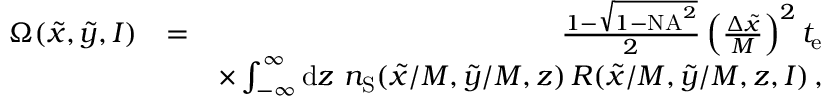
\begin{array} { r l r } { \Omega ( \tilde { x } , \tilde { y } , I ) } & { = } & { \frac { 1 - \sqrt { 1 - \mathrm { N A } ^ { 2 } } } { 2 } \left( \frac { \Delta \tilde { x } } { M } \right) ^ { 2 } t _ { \mathrm { e } } } \\ & { } & { \times \int _ { - \infty } ^ { \infty } \mathrm { d } z \ n _ { \mathrm { S } } ( \tilde { x } / M , \tilde { y } / M , z ) \, R ( \tilde { x } / M , \tilde { y } / M , z , I ) \, , } \end{array}